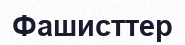
Фашисттер